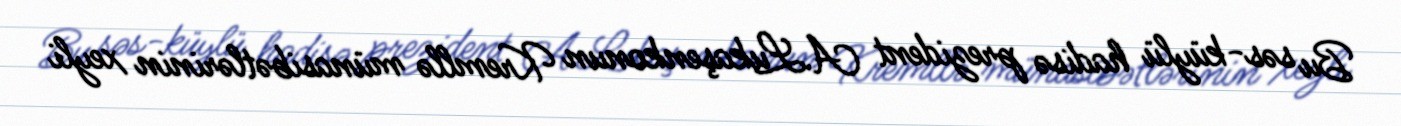
Bu səs-küylü hadisə prezident A.Lukaşenkonun Kremllə münasibətlərinin xeyli